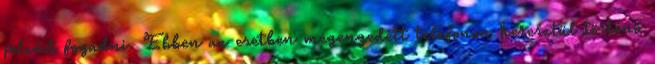
jelzést fogadni. Ebben az esetben megengedett telefonon keresztül történõ